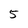
Character: 5